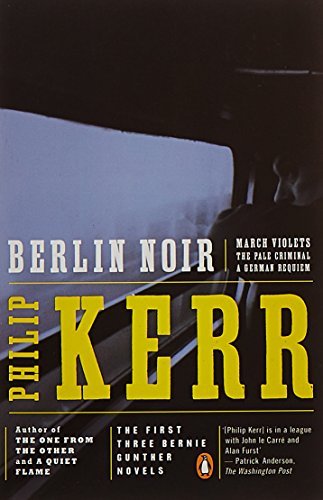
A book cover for Berlin Noir: March Violets; The Pale Criminal; A German Requiem; Philip Kerr; Mystery, Thriller & Suspense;